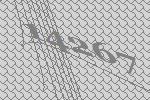
14267